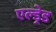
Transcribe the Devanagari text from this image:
एल्ड्रेड